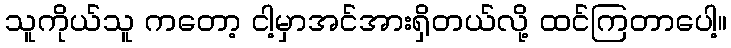
သူကိုယ်သူ ကတော့ ငါ့မှာအင်အားရှိတယ်လို့ ထင်ကြတာပေါ့။